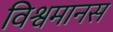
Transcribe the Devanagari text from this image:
विश्वमानस